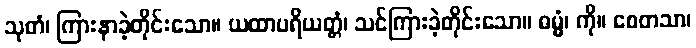
သုတံ၊ ကြားနာခဲ့တိုင်းသော။ ယထာပရိယတ္တံ၊ သင်ကြားခဲ့တိုင်းသော။ ဓမ္မံ၊ ကို။ စေတသာ၊